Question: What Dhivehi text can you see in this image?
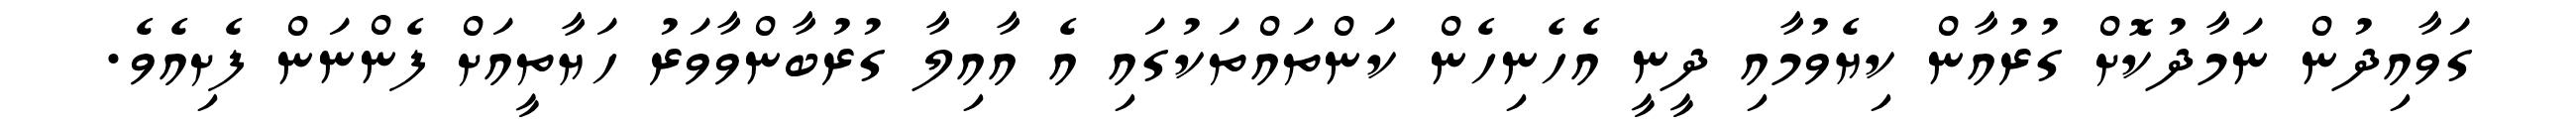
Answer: ގަވާއިދުން ނަމާދުކޮށް ގުރުއާން ކިޔެވުމާއި ދީނީ އެހެނިހެން ކަންތައްތަކުގައި އެ އާއިލާ ގުރުބާންވާވަރު ހަޔާތީއަށް ފެންނަން ފެށިއެވެ.